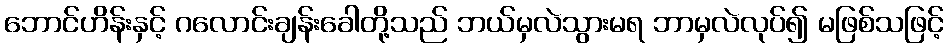
ဘောင်ဟိန်းနှင့် ဂလောင်းချန်းခေါတို့သည် ဘယ်မှလဲသွားမရ ဘာမှလဲလုပ်၍ မဖြစ်သဖြင့်